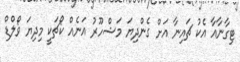
ޓިގާނާއާ އެކު ޗައިނާ އަށް ގެންދިޔަ މަޝްހޫރު އަނެއް ކޯޗަކީ މިދިޔަ ވޯލްޑް